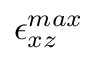
\epsilon _ { x z } ^ { m a x }